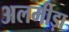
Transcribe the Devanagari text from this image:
अलमीड़ा